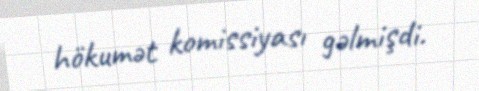
hökumət komissiyası gəlmişdi.